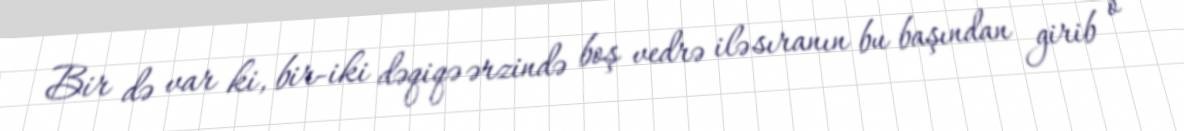
Bir də var ki, bir-iki dəqiqə ərzində boş vedrə ilə sıranın bu başından girib o